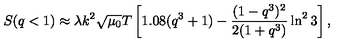
S ( q < 1 ) \approx \lambda k ^ { 2 } \sqrt { \mu _ { 0 } } T \left[ 1 . 0 8 ( q ^ { 3 } + 1 ) - \frac { ( 1 - q ^ { 3 } ) ^ { 2 } } { 2 ( 1 + q ^ { 3 } ) } \ln ^ { 2 } 3 \right] ,